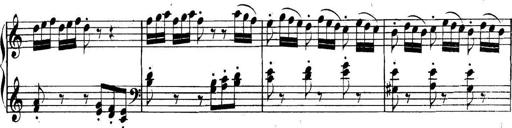
Title: Collected Piano Sonatas
Composer: Muzio Clementi